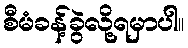
စီမံခန့်ခွဲလို့ရမှာပါ။